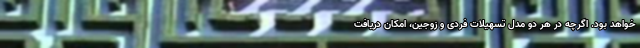
خواهد بود. اگرچه در هر دو مدل تسهیلات فردی و زوجین، امکان دریافت